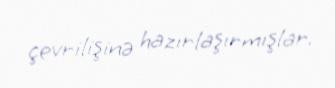
çevrilişinə hazırlaşırmışlar.